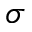
\sigma